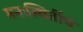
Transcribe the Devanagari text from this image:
मनःस्थितींचे